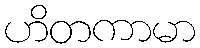
ဟိတကာမာ